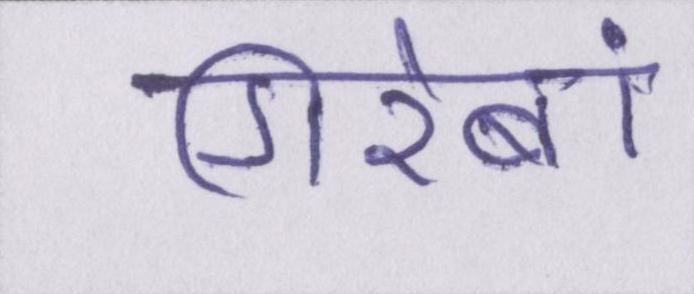
गिरेबां